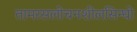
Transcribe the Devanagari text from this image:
तामरसलोचनशीलसिन्धो